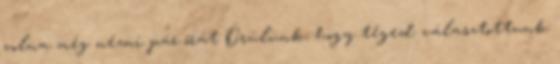
volna még nézni pár órát Örülünk, hogy téged választottunk